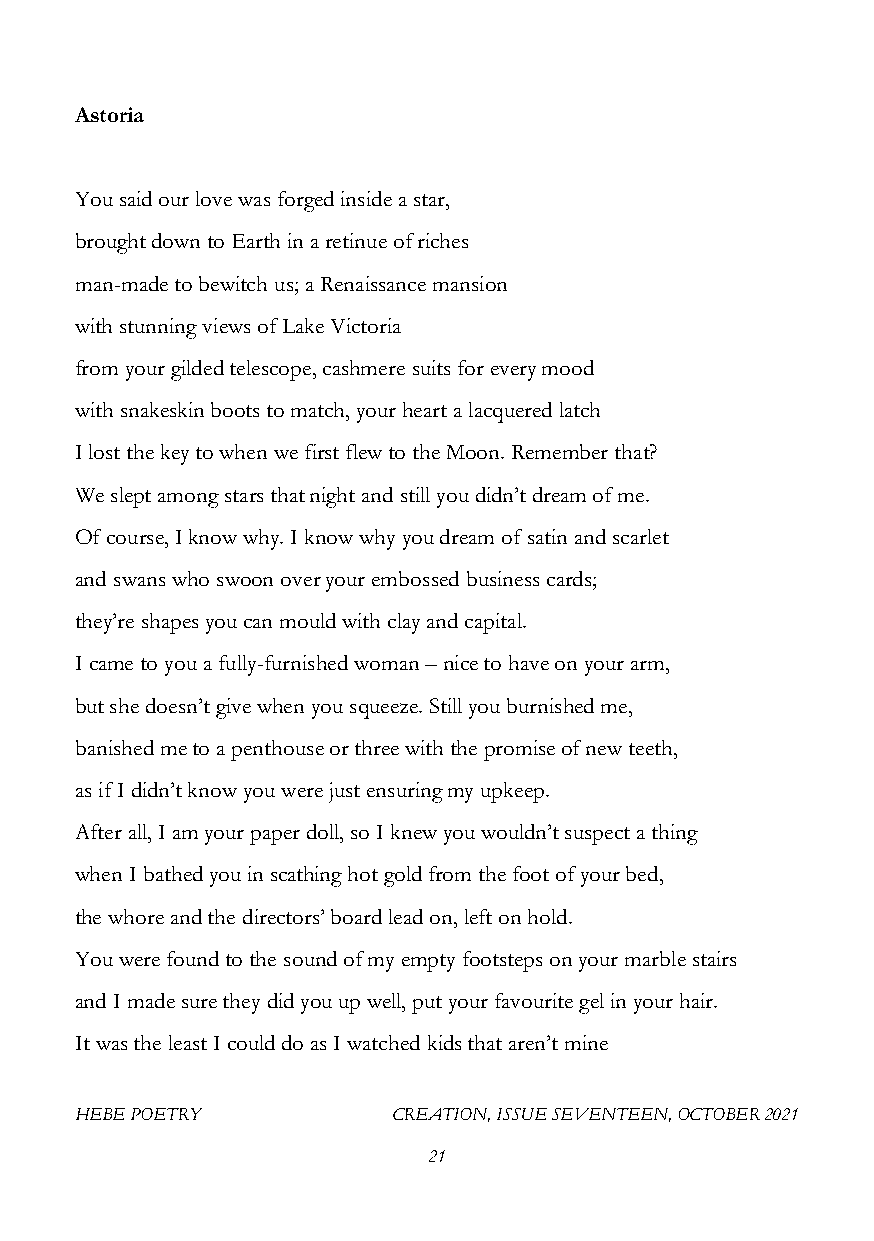
Astoria
 You said our love was forged inside a star,
 brought down to Earth in a retinue of riches
 man-made to bewitch us; a Renaissance mansion
 with stunning views of Lake Victoria
 from your gilded telescope, cashmere suits for every mood
 with snakeskin boots to match, your heart a lacquered latch
 I lost the key to when we first flew to the Moon. Remember that?
 We slept among stars that night and still you didn’t dream of me.
 Of course, I know why. I know why you dream of satin and scarlet
 and swans who swoon over your embossed business cards;
 they’re shapes you can mould with clay and capital.
 I came to you a fully-furnished woman – nice to have on your arm,
 but she doesn’t give when you squeeze. Still you burnished me,
 banished me to a penthouse or three with the promise of new teeth,
 as if I didn’t know you were just ensuring my upkeep.
 After all, I am your paper doll, so I knew you wouldn’t suspect a thing
 when I bathed you in scathing hot gold from the foot of your bed,
 the whore and the directors’ board lead on, left on hold.
 You were found to the sound of my empty footsteps on your marble stairs
 and I made sure they did you up well, put your favourite gel in your hair.
 It was the least I could do as I watched kids that aren’t mine
 HEBE POETRY          CREATION, ISSUE SEVENTEEN, OCTOBER 2021
 21